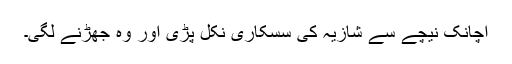
اچانک نیچے سے شازیہ کی سسکاری نکل پڑی اور وہ جھڑنے لگی۔